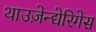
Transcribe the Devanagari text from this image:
थाउज़ेन्द्येरिगेस